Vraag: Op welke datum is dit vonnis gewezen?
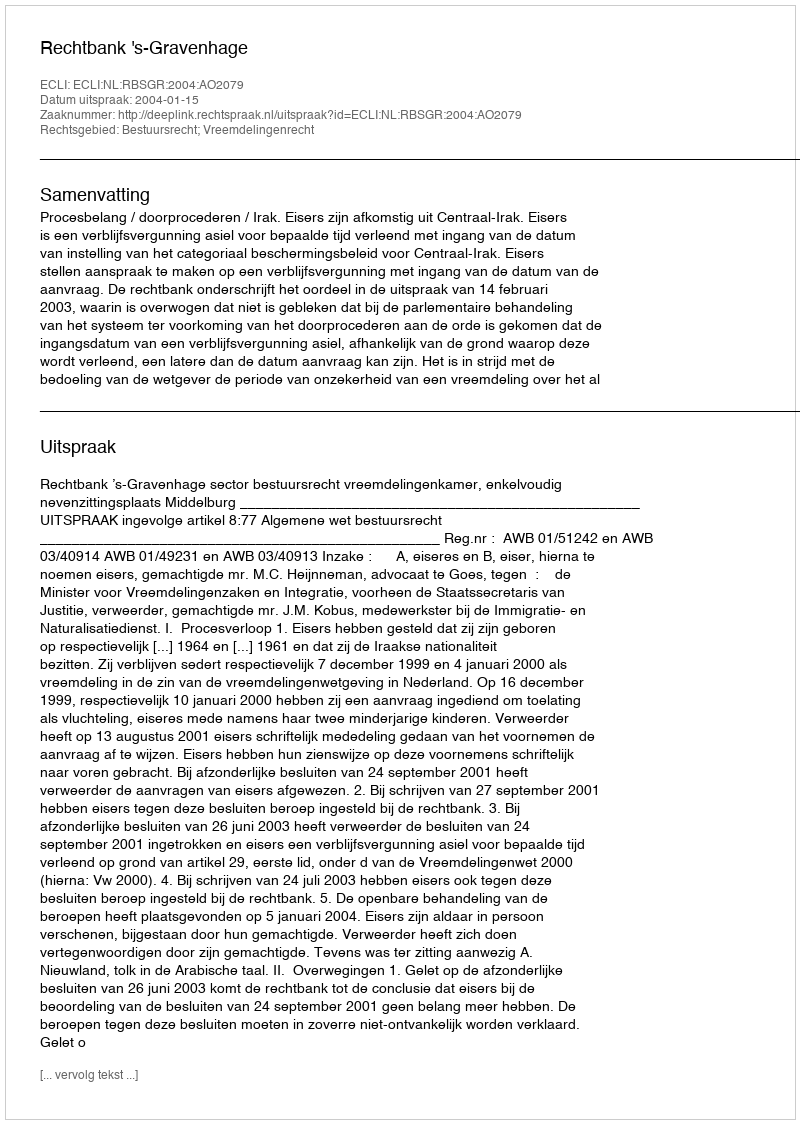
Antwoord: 2004-01-15